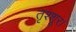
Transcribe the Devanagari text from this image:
तृश्शूर।